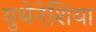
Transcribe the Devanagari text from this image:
युथेनेशिया